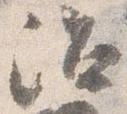
治